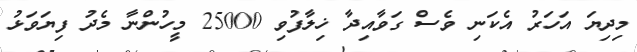
މިދިޔަ އަހަރު އެކަނި ވެސް ގަވާއިދާ ޚިލާފުވި 25000 މީހުންނާ މެދު ފިޔަވަޅު